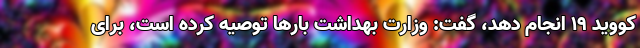
کووید ۱۹ انجام دهد، گفت: وزارت بهداشت بارها توصیه کرده است، برای